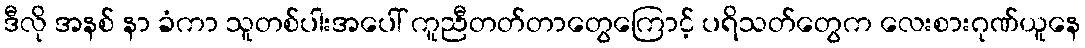
ဒီလို အနစ် နာ ခံကာ သူတစ်ပါးအပေါ် ကူညီတတ်တာတွေကြောင့် ပရိသတ်တွေက လေးစားဂုဏ်ယူနေ